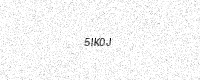
Text: 5IK0J